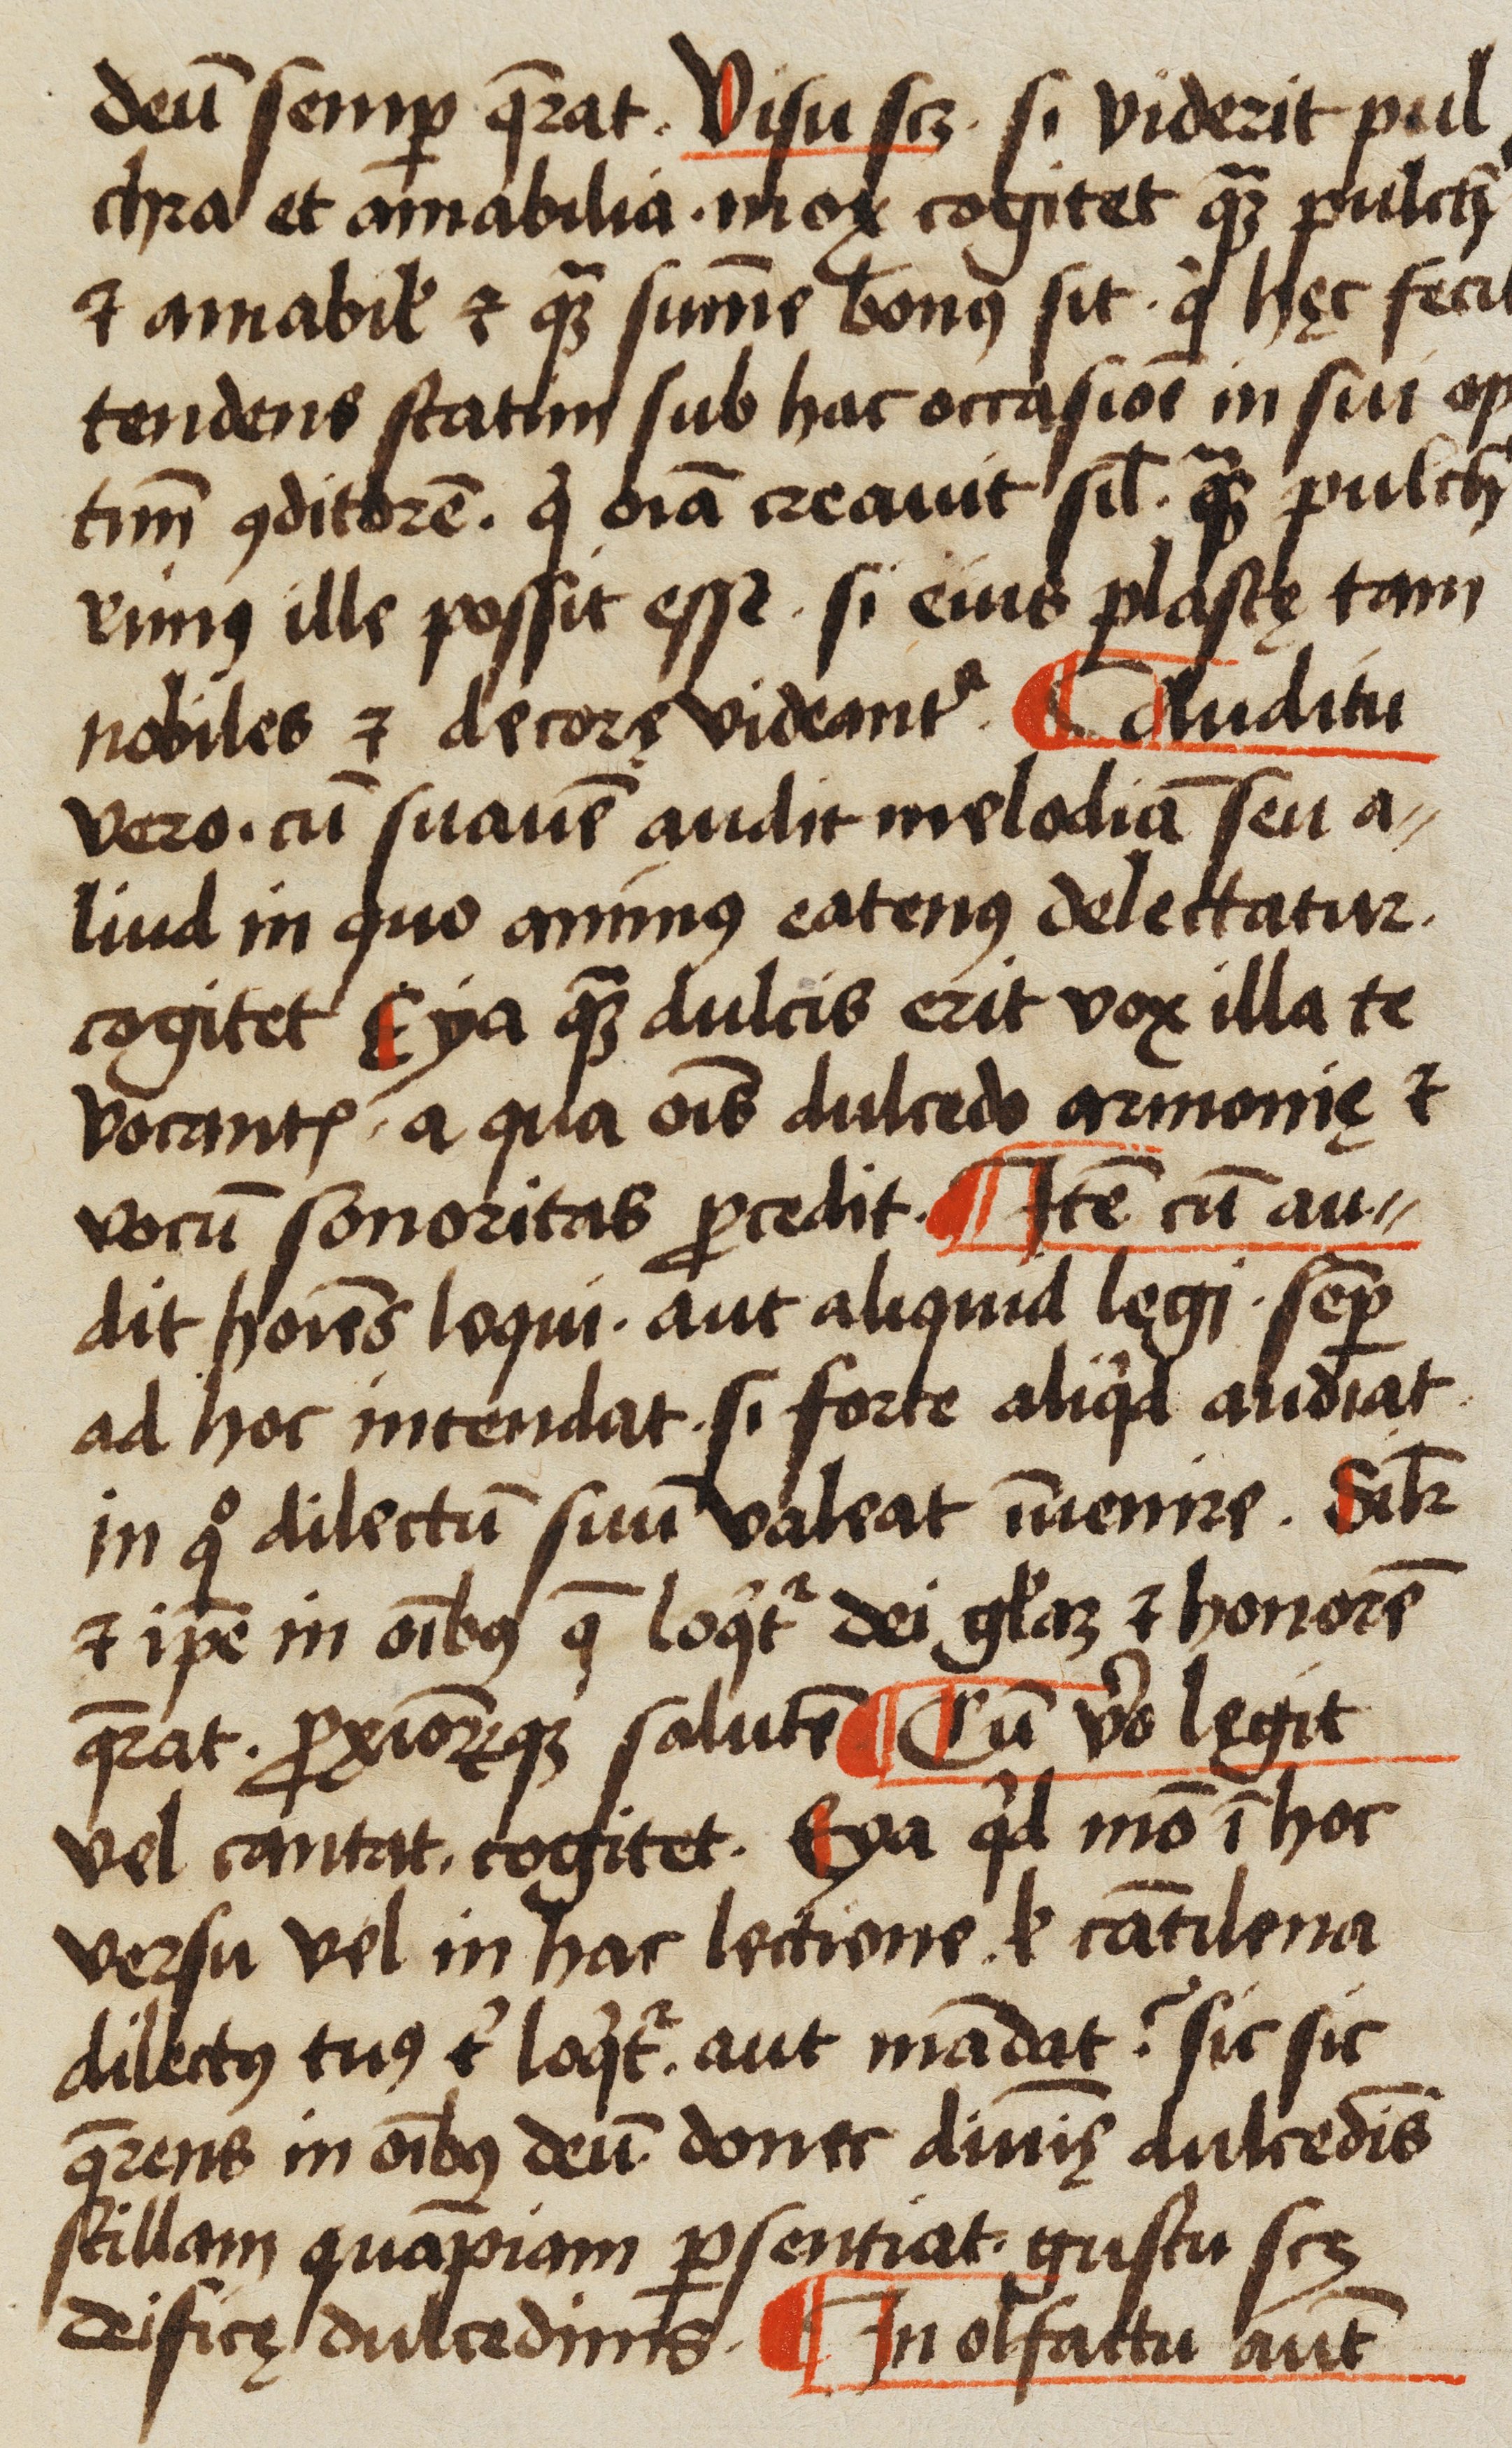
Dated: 1523–1523